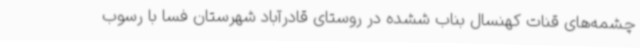
چشمه‌های قنات کهنسال بناب ششده در روستای قادرآباد شهرستان فسا با رسوب